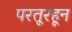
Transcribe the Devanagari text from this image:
परतूरहून